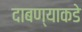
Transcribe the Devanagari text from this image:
दाबण्याकडे